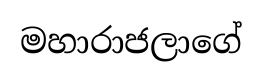
මහාරාජලාගේ